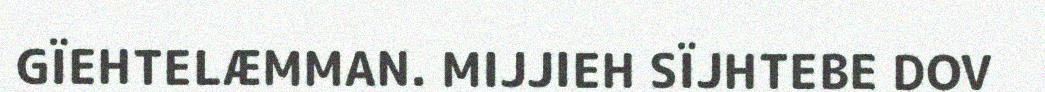
GÏEHTELÆMMAN. MIJJIEH SÏJHTEBE DOV